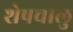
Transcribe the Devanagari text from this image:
शेषचालु